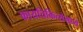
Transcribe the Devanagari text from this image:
कायचिकित्सेमध्ये